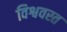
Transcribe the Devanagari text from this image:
विश्ववस्त